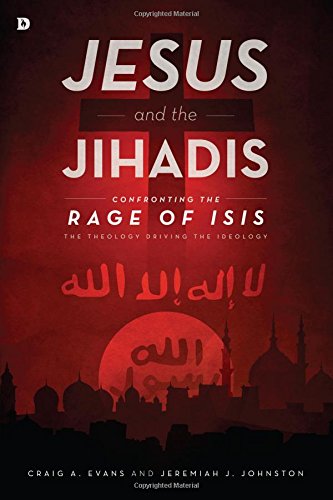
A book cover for Jesus and the Jihadis: Confronting the Rage of ISIS: The Theology Driving the Ideology; Craig A. Evans; Christian Books & Bibles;